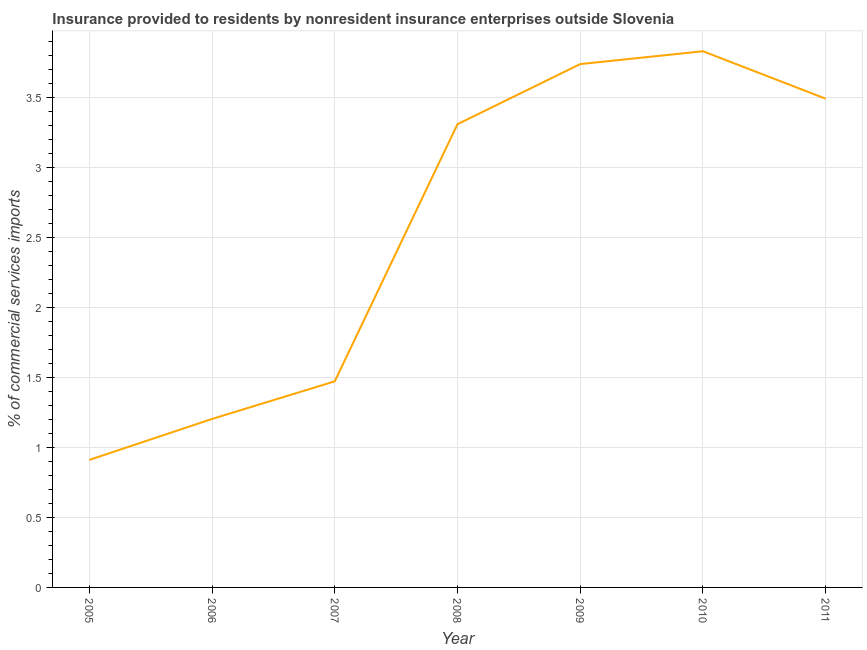
| Year | Insurance provided by non-residents |
 | --- | --- |
 | 2005 | 0.91 |
 | 2006 | 1.2 |
 | 2007 | 1.47 |
 | 2008 | 3.31 |
 | 2009 | 3.74 |
 | 2010 | 3.83 |
 | 2011 | 3.49 |